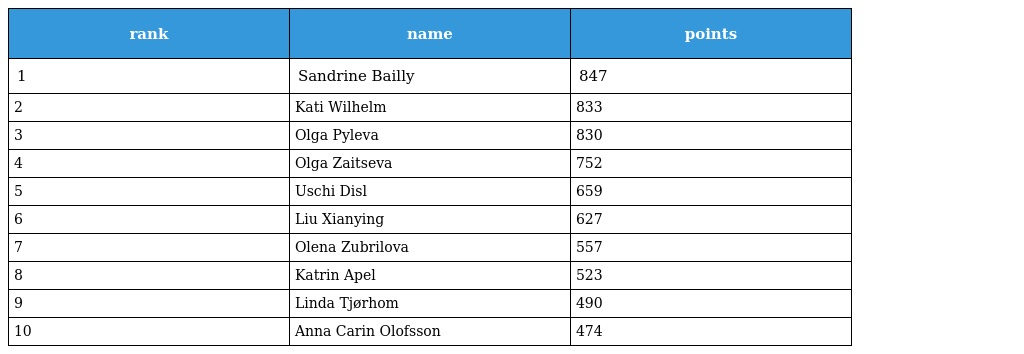
| rank | name | points |
 | --- | --- | --- |
 | 1 | Sandrine Bailly | 847 |
 | 2 | Kati Wilhelm | 833 |
 | 3 | Olga Pyleva | 830 |
 | 4 | Olga Zaitseva | 752 |
 | 5 | Uschi Disl | 659 |
 | 6 | Liu Xianying | 627 |
 | 7 | Olena Zubrilova | 557 |
 | 8 | Katrin Apel | 523 |
 | 9 | Linda Tjørhom | 490 |
 | 10 | Anna Carin Olofsson | 474 |